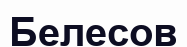
Белесов